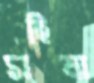
মহিষা